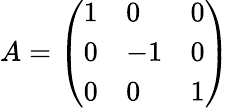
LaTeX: A=\left(\begin{array}{lll}{{1}}&{{0}}&{{0}}\\ {{0}}&{{-1}}&{{0}}\\ {{0}}&{{0}}&{{1}}\end{array}\right)